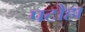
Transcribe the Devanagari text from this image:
पटौहा